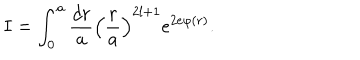
I = \int _ { 0 } ^ { a } \frac { d r } { a } \left( \frac { r } { a } \right) ^ { 2 l + 1 } e ^ { 2 e \varphi ( r ) } .